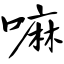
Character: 嘛